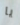
يا